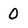
Character: 0